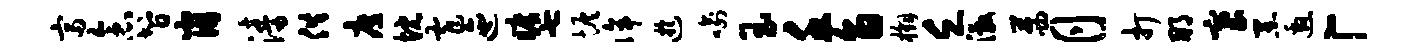
富念智崩涛供庶忱窄迤旷七恢侔迂喻玉壬旨槲乏激茜月打那塞黑邀「